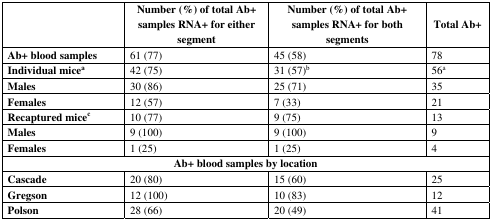
<table><thead><tr><td></td><td><b>Number (%) of total Ab+ samples RNA+ for either segment</b></td><td><b>Number (%) of total Ab+ samples RNA+ for both segments</b></td><td><b>Total Ab+</b></td></tr></thead><tbody><tr><td><b>Ab+ blood samples</b></td><td>61 (77)</td><td>45 (58)</td><td>78</td></tr><tr><td><b>Individual mice<sup>a</sup></b></td><td>42 (75)</td><td>31 (57)<sup>b</sup></td><td>56<sup>a</sup></td></tr><tr><td><b>Males</b></td><td>30 (86)</td><td>25 (71)</td><td>35</td></tr><tr><td><b>Females</b></td><td>12 (57)</td><td>7 (33)</td><td>21</td></tr><tr><td><b>Recaptured mice<sup>c</sup></b></td><td>10 (77)</td><td>9 (75)</td><td>13</td></tr><tr><td><b>Males</b></td><td>9 (100)</td><td>9 (100)</td><td>9</td></tr><tr><td><b>Females</b></td><td>1 (25)</td><td>1 (25)</td><td>4</td></tr><tr><td colspan="4"><b>Ab+ blood samples by location</b></td></tr><tr><td><b>Cascade</b></td><td>20 (80)</td><td>15 (60)</td><td>25</td></tr><tr><td><b>Gregson</b></td><td>12 (100)</td><td>10 (83)</td><td>12</td></tr><tr><td><b>Polson</b></td><td>28 (66)</td><td>20 (49)</td><td>41</td></tr></tbody></table>